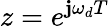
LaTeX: z=e^{\mathbf{j}\omega_{d}T}